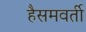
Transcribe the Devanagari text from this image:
हैसमवर्ती